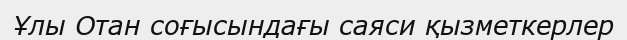
Ұлы Отан соғысындағы саяси қызметкерлер